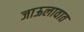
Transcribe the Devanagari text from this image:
जाऊलावात